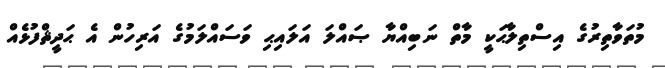
މުތަވާތިރުގެ އިސްތިލާޙަކީ މާތް ނަބިއްޔާ ޞައްލަ އަލައިޙި ވަސައްލަމުގެ އަރިހުން އެ ޙަދީޘްފުޅެއް